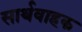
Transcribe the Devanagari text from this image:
सार्थवाहक